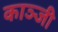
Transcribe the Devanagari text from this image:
काञ्जी